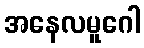
အနေလမူဂေါ